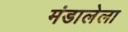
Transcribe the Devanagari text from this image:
मंडालेला